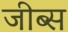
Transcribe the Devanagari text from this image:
जीब्स